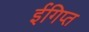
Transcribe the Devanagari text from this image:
ईगिप्त